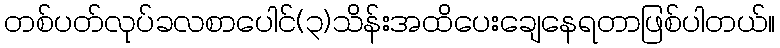
တစ်ပတ်လုပ်ခလစာပေါင်(၃)သိန်းအထိပေးချေနေရတာဖြစ်ပါတယ်။